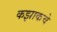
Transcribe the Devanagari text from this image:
कझाकचे